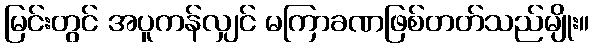
မြင်းတွင် အပူကန်လျှင် မကြာခဏဖြစ်တတ်သည်မျိုး။